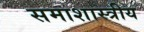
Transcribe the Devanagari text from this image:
समाशास्त्रीय